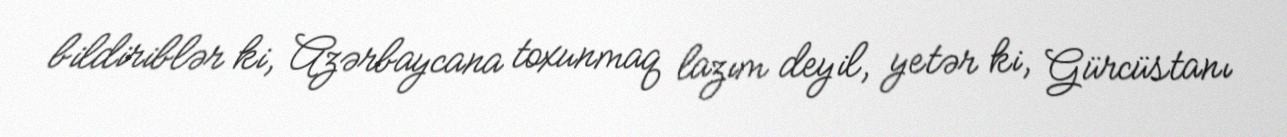
bildiriblər ki, Azərbaycana toxunmaq lazım deyil, yetər ki, Gürcüstanı